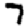
Digit: 7